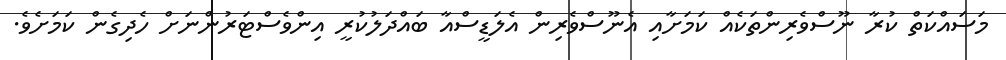
މަސައްކަތް ކުރާ ނޫސްވެރިންތަކެއް ކަމަށާއި އެނޫސްވެރިން އެލަޑީސްއާ ބައްދަލުކުރީ އިންވެސްޓަރުންނަށް ހެދިގެން ކަމަށެވެ.